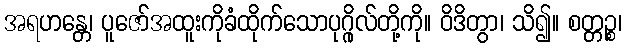
အရဟန္တေ၊ ပူဇော်အထူးကိုခံထိုက်သောပုဂ္ဂိုလ်တို့ကို။ ဝိဒိတွာ၊ သိ၍။ စတ္တဉ္စ၊